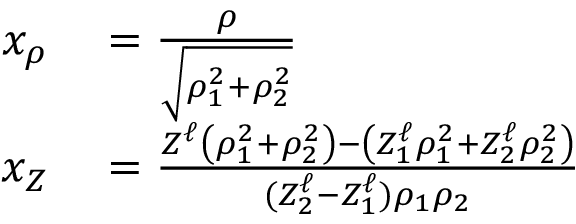
\begin{array} { r l } { x _ { \rho } } & { { } = \frac { \rho } { \sqrt { \rho _ { 1 } ^ { 2 } + \rho _ { 2 } ^ { 2 } } } } \\ { x _ { Z } } & { { } = \frac { Z ^ { \ell } \left( \rho _ { 1 } ^ { 2 } + \rho _ { 2 } ^ { 2 } \right) - \left( Z _ { 1 } ^ { \ell } \rho _ { 1 } ^ { 2 } + Z _ { 2 } ^ { \ell } \rho _ { 2 } ^ { 2 } \right) } { ( Z _ { 2 } ^ { \ell } - Z _ { 1 } ^ { \ell } ) \rho _ { 1 } \rho _ { 2 } } } \end{array}